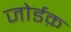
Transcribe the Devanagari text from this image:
जोर्डक़